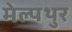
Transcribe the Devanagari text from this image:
मेल्पथुर